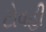
ટોવહી